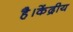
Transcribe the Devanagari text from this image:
है।केंद्रीय